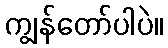
ကျွန်တော်ပါပဲ။